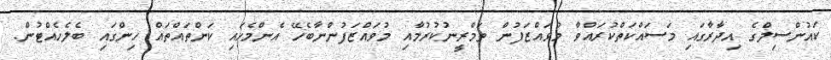
ކައުންސިލްގެ އިދާރާގައި މަސައްކަތްކުރައްވާ މުވައްޒަފުން ތަމްރީނުކުރުމާއި މުވައްޒަފުންނާބެހޭ އެންމެހައި ކަންތައްތައް ހިންގައި ބެލެހެއްޓުން.